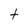
Character: t